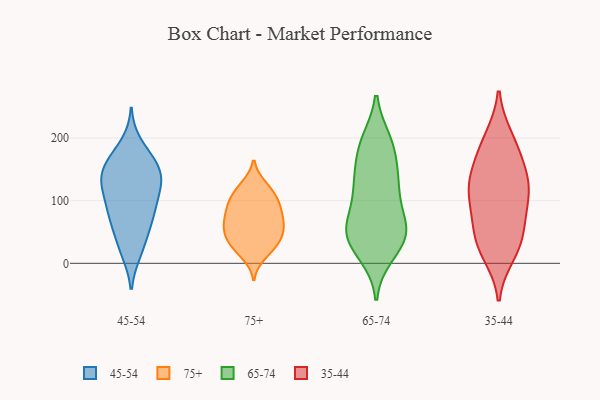
{"axis": {"x": "Satisfaction Score", "y": "Value"}, "legend": ["35-44", "45-54", "65-74", "75+"], "data": [{"x": "", "y": 169, "type": "45-54"}, {"x": "", "y": 164, "type": "45-54"}, {"x": "", "y": 190, "type": "45-54"}, {"x": "", "y": 43, "type": "45-54"}, {"x": "", "y": 55, "type": "45-54"}, {"x": "", "y": 133, "type": "45-54"}, {"x": "", "y": 130, "type": "45-54"}, {"x": "", "y": 76, "type": "45-54"}, {"x": "", "y": 160, "type": "45-54"}, {"x": "", "y": 142, "type": "45-54"}, {"x": "", "y": 117, "type": "45-54"}, {"x": "", "y": 78, "type": "45-54"}, {"x": "", "y": 82, "type": "45-54"}, {"x": "", "y": 83, "type": "45-54"}, {"x": "", "y": 125, "type": "45-54"}, {"x": "", "y": 18, "type": "45-54"}, {"x": "", "y": 133, "type": "45-54"}, {"x": "", "y": 105, "type": "45-54"}, {"x": "", "y": 19, "type": "45-54"}, {"x": "", "y": 154, "type": "45-54"}, {"x": "", "y": 71, "type": "75+"}, {"x": "", "y": 61, "type": "75+"}, {"x": "", "y": 64, "type": "75+"}, {"x": "", "y": 94, "type": "75+"}, {"x": "", "y": 45, "type": "75+"}, {"x": "", "y": 43, "type": "75+"}, {"x": "", "y": 124, "type": "75+"}, {"x": "", "y": 31, "type": "75+"}, {"x": "", "y": 112, "type": "75+"}, {"x": "", "y": 25, "type": "75+"}, {"x": "", "y": 52, "type": "75+"}, {"x": "", "y": 25, "type": "75+"}, {"x": "", "y": 92, "type": "75+"}, {"x": "", "y": 104, "type": "75+"}, {"x": "", "y": 57, "type": "75+"}, {"x": "", "y": 83, "type": "75+"}, {"x": "", "y": 13, "type": "75+"}, {"x": "", "y": 121, "type": "75+"}, {"x": "", "y": 85, "type": "75+"}, {"x": "", "y": 56, "type": "65-74"}, {"x": "", "y": 138, "type": "65-74"}, {"x": "", "y": 56, "type": "65-74"}, {"x": "", "y": 42, "type": "65-74"}, {"x": "", "y": 14, "type": "65-74"}, {"x": "", "y": 186, "type": "65-74"}, {"x": "", "y": 41, "type": "65-74"}, {"x": "", "y": 195, "type": "65-74"}, {"x": "", "y": 59, "type": "65-74"}, {"x": "", "y": 85, "type": "65-74"}, {"x": "", "y": 139, "type": "65-74"}, {"x": "", "y": 19, "type": "65-74"}, {"x": "", "y": 118, "type": "65-74"}, {"x": "", "y": 45, "type": "65-74"}, {"x": "", "y": 194, "type": "65-74"}, {"x": "", "y": 181, "type": "65-74"}, {"x": "", "y": 131, "type": "65-74"}, {"x": "", "y": 54, "type": "65-74"}, {"x": "", "y": 114, "type": "65-74"}, {"x": "", "y": 200, "type": "35-44"}, {"x": "", "y": 40, "type": "35-44"}, {"x": "", "y": 148, "type": "35-44"}, {"x": "", "y": 25, "type": "35-44"}, {"x": "", "y": 124, "type": "35-44"}, {"x": "", "y": 119, "type": "35-44"}, {"x": "", "y": 79, "type": "35-44"}, {"x": "", "y": 101, "type": "35-44"}, {"x": "", "y": 68, "type": "35-44"}, {"x": "", "y": 37, "type": "35-44"}, {"x": "", "y": 15, "type": "35-44"}, {"x": "", "y": 139, "type": "35-44"}, {"x": "", "y": 194, "type": "35-44"}, {"x": "", "y": 174, "type": "35-44"}, {"x": "", "y": 115, "type": "35-44"}]}